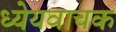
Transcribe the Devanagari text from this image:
ध्येयवाचक